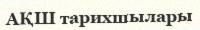
АҚШ тарихшылары